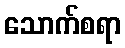
သောက်စရာ